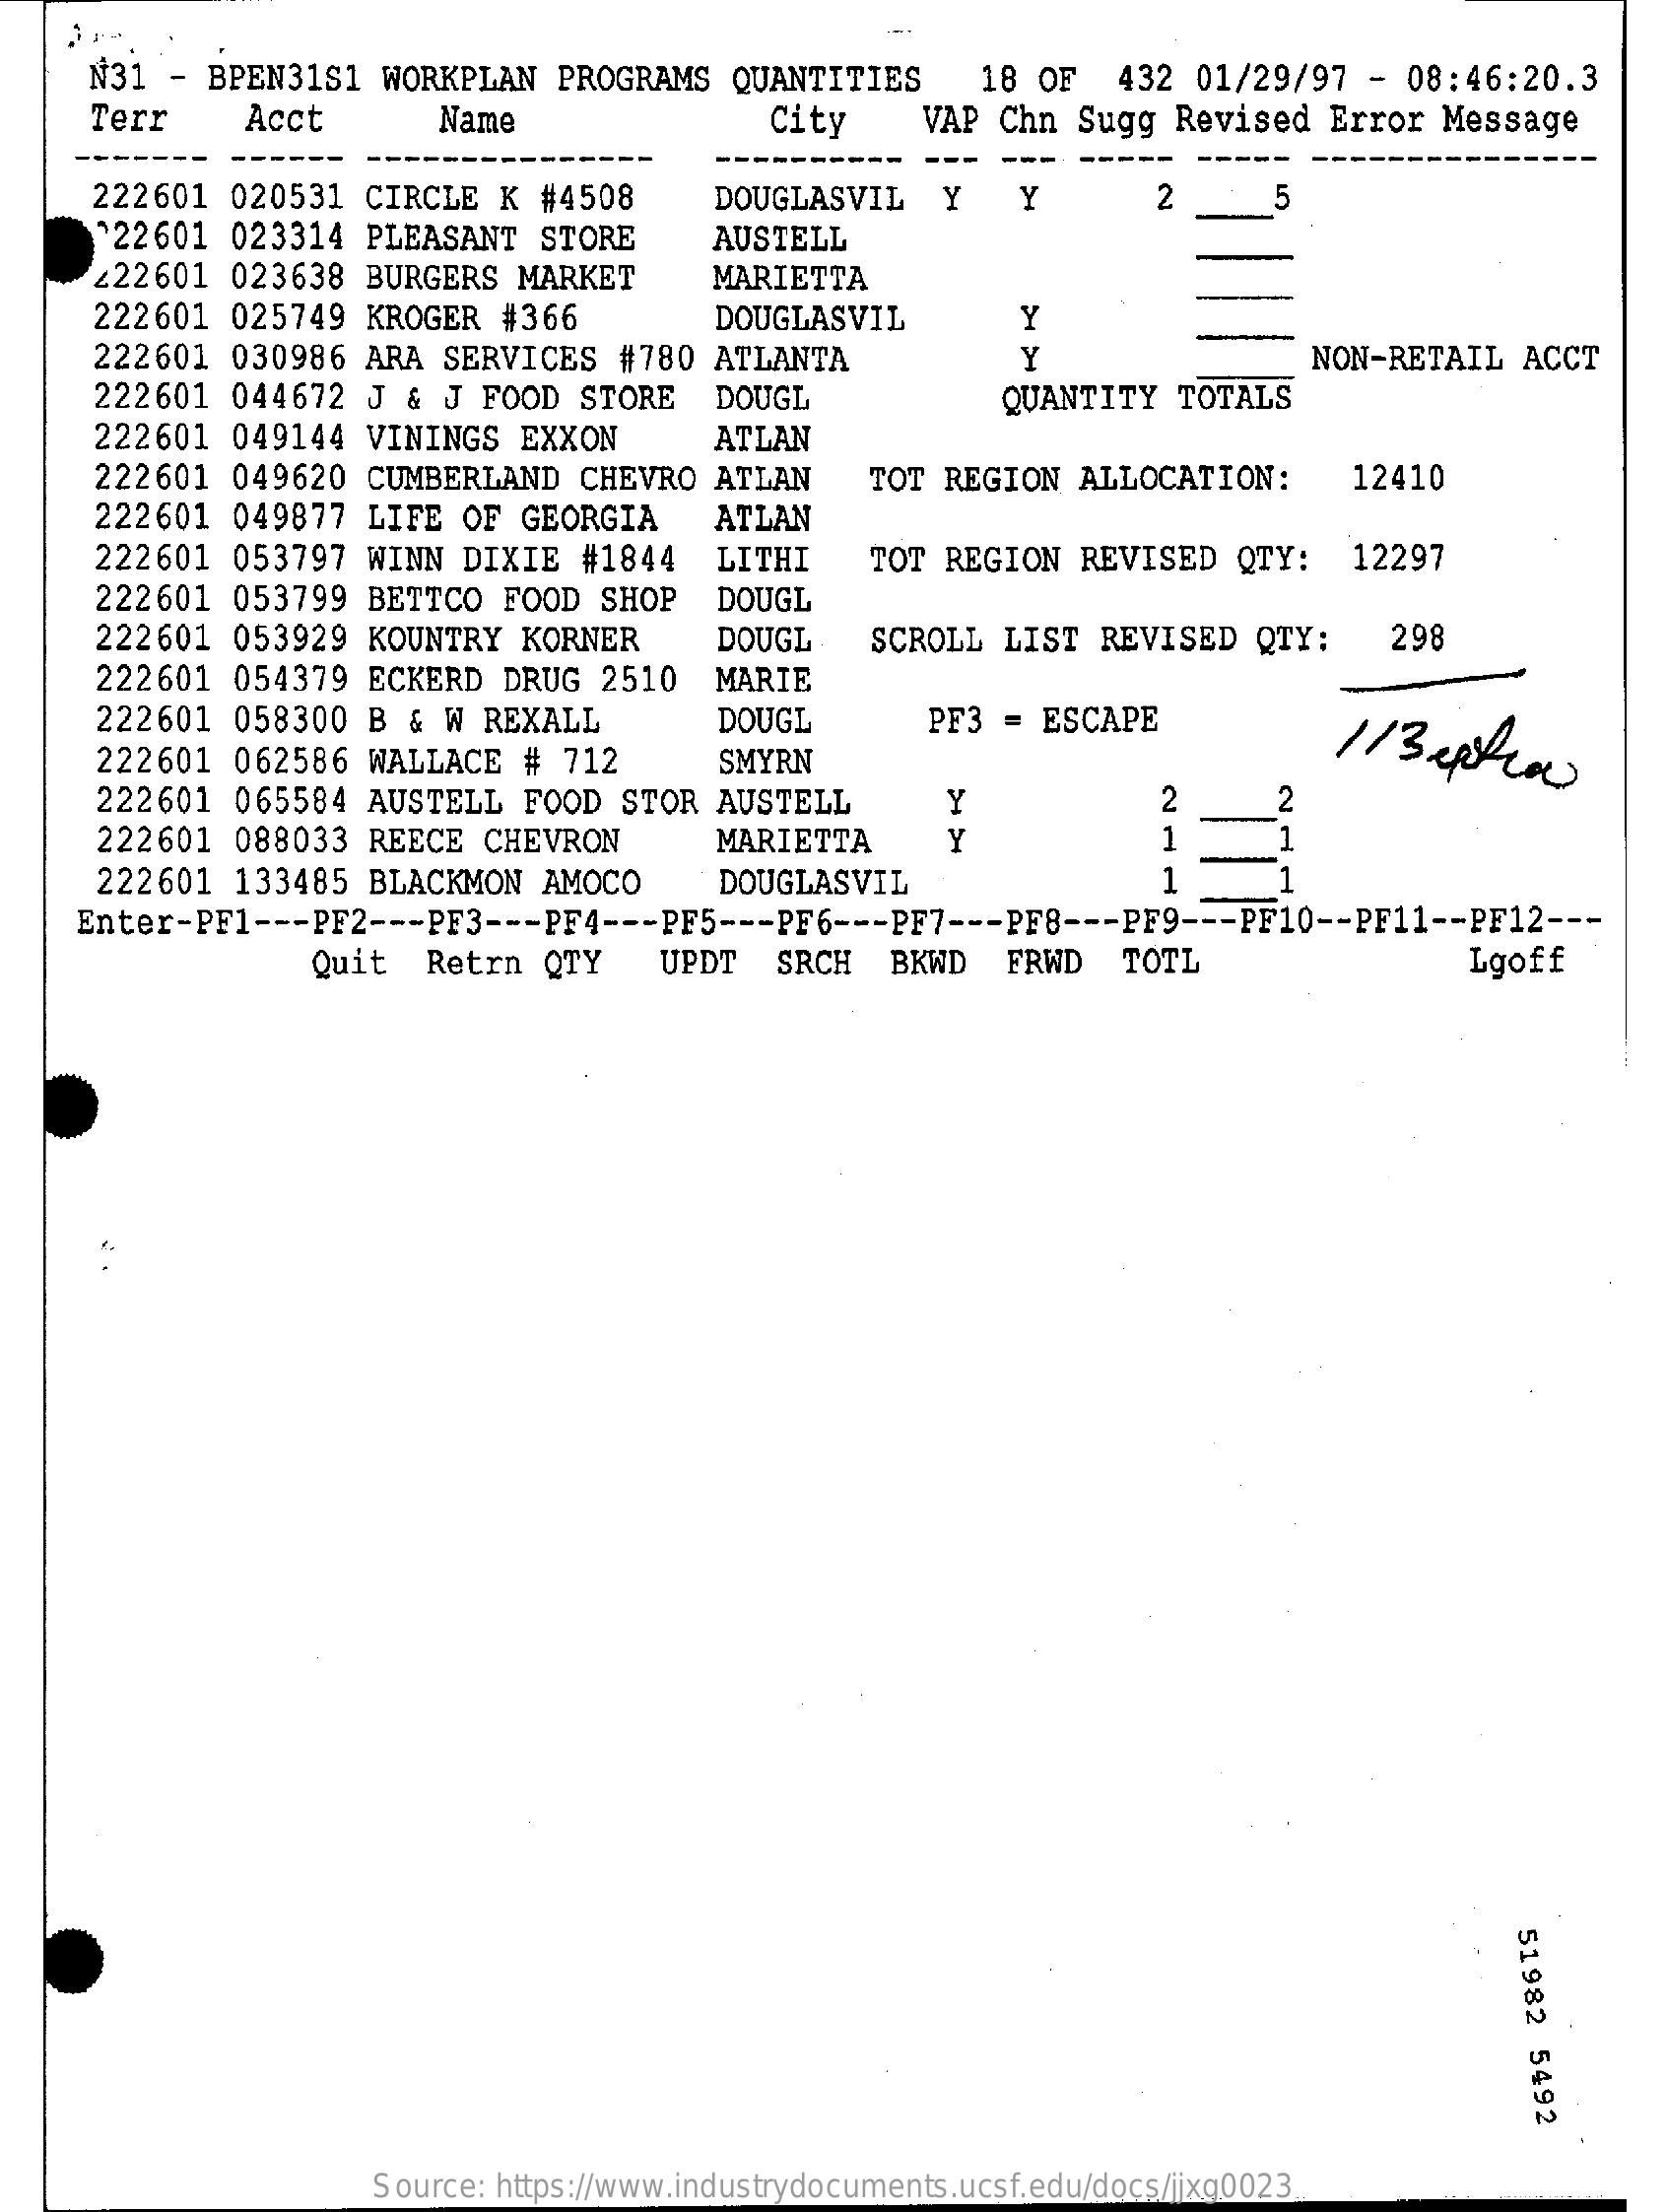
N31 - BPEN31S1 WORKPLAN PROGRAMS QUANTITIES   18 OF  432 01/29/97 - 08:46:20.3
     Terr    Acct    Name    City    VAP Chn Sugg Revised Error Message
     222601 020531 CIRCLE K #4508    DOUGLASVIL  Y   Y    2    5
     ^22601 023314 PLEASANT STORE    AUSTELL
     ¿22601 023638 BURGERS MARKET    MARIETTA
     222601 025749 KROGER #366    DOUGLASVIL    Y
     222601 030986 ARA SERVICES #780 ATLANTA    Y    NON-RETAIL ACCT
     222601 044672 J & J FOOD STORE  DOUGL    QUANTITY TOTALS
     222601 049144 VININGS EXXON    ATLAN
     222601 049620 CUMBERLAND CHEVRO ATLAN   TOT REGION ALLOCATION:   12410
     222601 049877 LIFE OF GEORGIA   ATLAN
     222601 053797 WINN DIXIE #1844  LITHI   TOT REGION REVISED QTY:  12297
     222601 053799 BETTCO FOOD SHOP  DOUGL
     222601 053929 KOUNTRY KORNER    DOUGL   SCROLL LIST REVISED QTY:   298
     222601 054379 ECKERD DRUG 2510  MARIE
     222601 058300 B & W REXALL    DOUGL    PF3 = ESCAPE
     113 extra 222601 062586 WALLACE # 712 SMYRN
     222601 065584 AUSTELL FOOD STOR AUSTELL    Y    2    2
     222601 088033 REECE CHEVRON    MARIETTA    Y    1    1
     222601 133485 BLACKMON AMOCO    DOUGLASVIL    1
    Enter-PF1 --- PF2 --- PF3 --- PF4 --- PF5 --- PF6 --- PF7 --- PF8 --- PF9 --- PF10 -- PF11 -- PF12 ---
     Quit  Retrn QTY   UPDT  SRCH  BKWD  FRWD  TOTL    Lgoff
     51982
     5492
     Source: https://www.industrydocuments.ucsf.edu/docs/jjxg0023